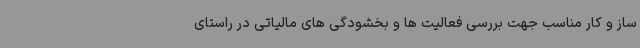
ساز و کار مناسب جهت بررسی فعالیت ها و بخشودگی های مالیاتی در راستای